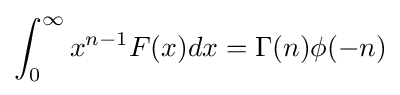
\int _{0}^{\infty }x^{n-1}F(x)dx=\Gamma (n)\phi (-n)